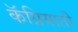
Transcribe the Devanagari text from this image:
कॅप्रियाती